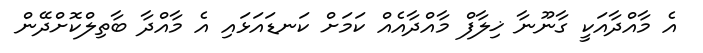
އެ މާއްދާއަކީ ގާނޫނާ ޚިލާފް މާއްދާއެއް ކަމަށް ކަނޑައަޅައި އެ މާއްދާ ބާތިލްކޮށްދޭން